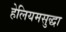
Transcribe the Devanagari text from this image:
हेलियमसुद्धा